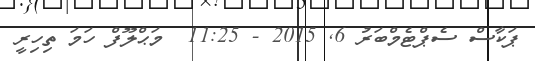
ޕަކާސް ސެޕްޓެމްބަރު 6